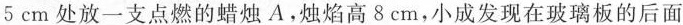
5cm处放一支点燃的蜡烛A.烛焰高8cm，小成发现在玻璃板的后面